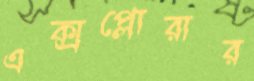
এক্সপ্লোরার